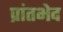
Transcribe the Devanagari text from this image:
प्रांतभेद